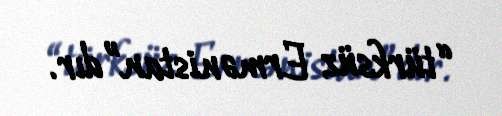
“türksüz Ermənistan”dır.